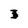
Character: 3